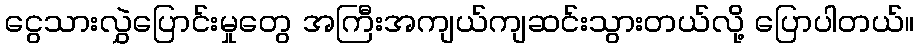
ငွေသားလွှဲပြောင်းမှုတွေ အကြီးအကျယ်ကျဆင်းသွားတယ်လို့ ပြောပါတယ်။